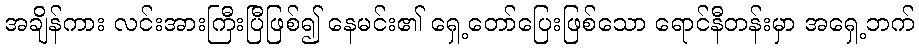
အချိန်ကား လင်းအားကြီးပြီဖြစ်၍ နေမင်း၏ ရှေ့တော်ပြေးဖြစ်သော ရောင်နီတန်းမှာ အရှေ့ဘက်